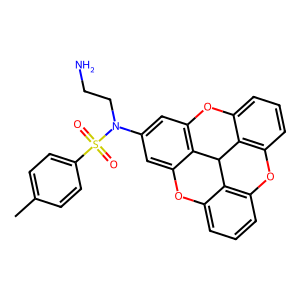
SMILES: Cc1ccc(S(=O)(=O)N(CCN)c2cc3c4c(c2)Oc2cccc5c2C4c2c(cccc2O3)O5)cc1
Inhibits HIV replication: No